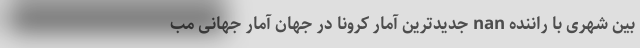
بین شهری با راننده nan جدیدترین آمار کرونا در جهان آمار جهانیِ مب